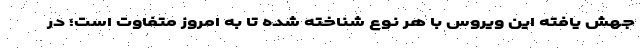
جهش یافته این ویروس با هر نوع شناخته شده تا به امروز متفاوت است؛ در